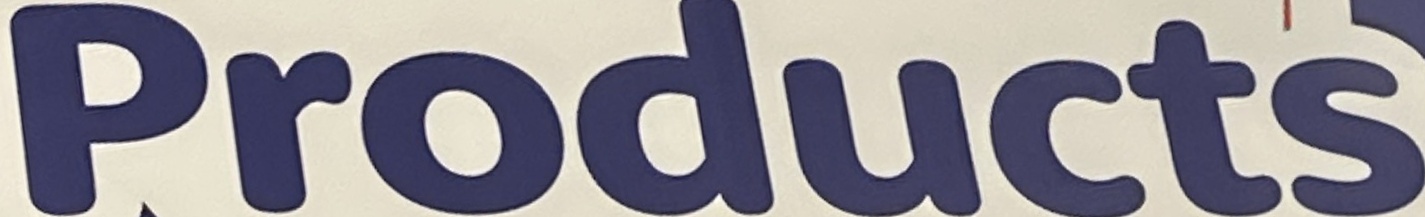
Products